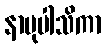
နာမုပါသိကာ